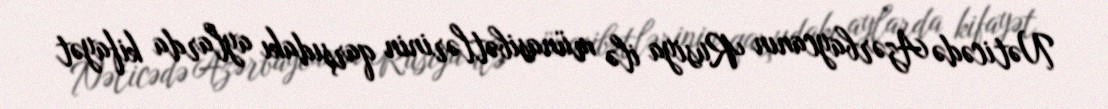
Nəticədə Azərbaycanın Rusiya ilə münasibətlərinin qarşıdakı aylarda kifayət